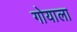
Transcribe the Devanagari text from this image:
गोयाला